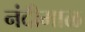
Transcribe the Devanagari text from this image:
नंदीमाळ